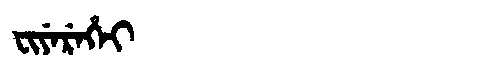
Manchu: ᠸᡳᠶᡝᡵᡝᡥᡝᡳ
Romanization: FIYEREHEI